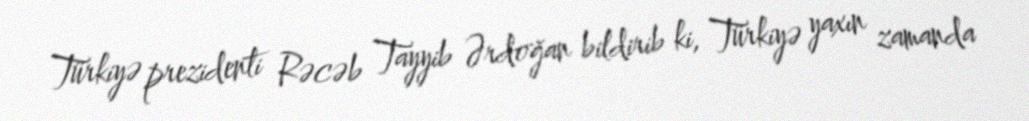
Türkiyə prezidenti Rəcəb Tayyib Ərdoğan bildirib ki, Türkiyə yaxın zamanda